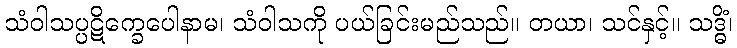
သံဝါသပ္ပဋိက္ခေပေါနာမ၊ သံဝါသကို ပယ်ခြင်းမည်သည်။ တယာ၊ သင်နှင့်။ သဒ္ဓိံ၊